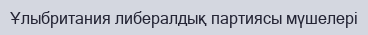
Ұлыбритания либералдық партиясы мүшелері